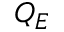
Q _ { E }